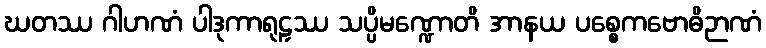
ဃတဿ ဂါဟဏံ ပါဒုကာရုဠှဿ သပ္ပိမဏ္ဍောတိ အာနယ ပစ္စေကဗောဓိဉာဏံ